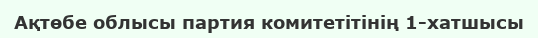
Ақтөбе облысы партия комитетітінің 1-хатшысы